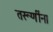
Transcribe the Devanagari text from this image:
तरूणींना